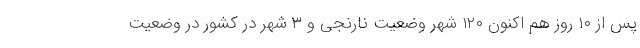
پس از ۱۰ روز هم اکنون ۱۲۰ شهر وضعیت نارنجی و ۳ شهر در کشور در وضعیت